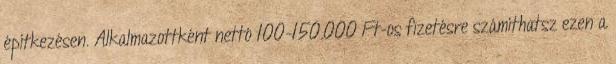
építkezésen. Alkalmazottként nettó 100-150.000 Ft-os fizetésre számíthatsz ezen a